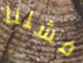
فشلنا